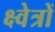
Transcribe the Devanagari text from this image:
क्ष्वेत्रों